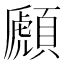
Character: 䫢